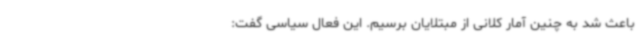
باعث شد به چنین آمار کلانی از مبتلایان برسیم. این فعال سیاسی گفت: